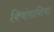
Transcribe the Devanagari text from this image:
क्विंतानिया